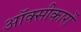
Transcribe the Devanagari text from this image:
ऑक्सीकारों